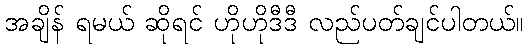
အချိန် ရမယ် ဆိုရင် ဟိုဟိုဒီဒီ လည်ပတ်ချင်ပါတယ်။